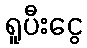
ရူပီးငွေ